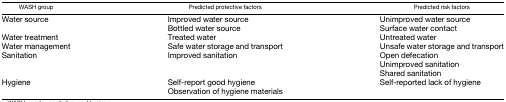
<table><thead><tr><td><b>WASH group</b></td><td><b>Predicted protective factors</b></td><td><b>Predicted risk factors</b></td></tr></thead><tbody><tr><td rowspan="2">Water source</td><td>Improved water source</td><td>Unimproved water source</td></tr><tr><td>Bottled water source</td><td>Surface water contact</td></tr><tr><td>Water treatment</td><td>Treated water</td><td>Untreated water</td></tr><tr><td>Water management</td><td>Safe water storage and transport</td><td>Unsafe water storage and transport</td></tr><tr><td rowspan="3">Sanitation</td><td rowspan="3">Improved sanitation</td><td>Open defecation</td></tr><tr><td>Unimproved sanitation</td></tr><tr><td>Shared sanitation</td></tr><tr><td rowspan="2">Hygiene</td><td>Self-report good hygiene</td><td rowspan="2">Self-reported lack of hygiene</td></tr><tr><td>Observation of hygiene materials</td></tr></tbody></table>